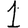
Digit: 1